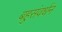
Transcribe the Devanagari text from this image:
बहुसंवर्धन